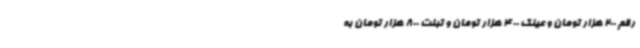
رقم 200 هزار تومان و عینک 400 هزار تومان و تبلت 800 هزار تومان به